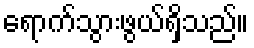
ရောက်သွားဖွယ်ရှိသည်။